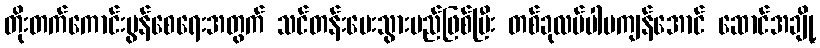
တိုးတက်ကောင်းမွန်စေရေးအတွက် သင်တန်းပေးသွားမည်ဖြစ်ပြီး တစ်ခုလပ်ပါမကျန်အောင် ဆောင်အချို့